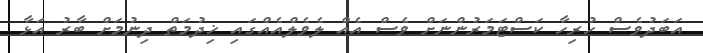
އަބަދުވެސް ހުރިހާ ކަސްޓަމަރުންނަށް ވެސް އެއް ލެވެލްއެއްގައި ޚިދުމަތް ދިނުމަށް ބާރު އަޅާ